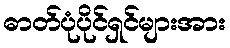
ဓာတ်ပုံပိုင်ရှင်များအား